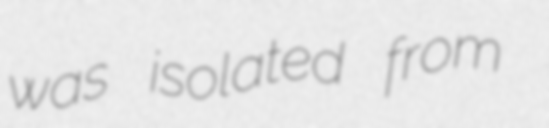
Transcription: was isolated from